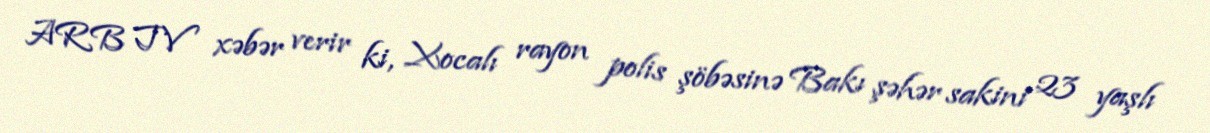
ARB TV xəbər verir ki, Xocalı rayon polis şöbəsinə Bakı şəhər sakini 23 yaşlı